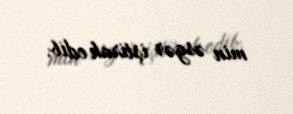
min əsgər iştirak edib.